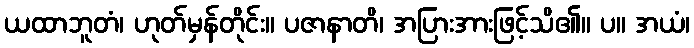
ယထာဘူတံ၊ ဟုတ်မှန်တိုင်း။ ပဇာနာတိ၊ အပြားအားဖြင့်သိ၏။ ပ။ အယံ၊